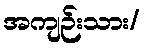
အကျဉ်းသား/